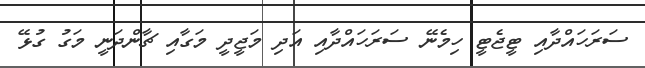
ސަރަހައްދާއި ޓީޖެޓީ ހިމެނޭ ސަރަހައްދާއި އަދި މަޖީދީ މަގާއި ޗާންދަނީ މަގު ގުޅޭ